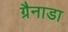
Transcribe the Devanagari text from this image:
ग्रैनाडा